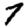
Digit: 7